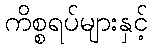
ကိစ္စရပ်များနှင့်